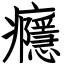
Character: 癮